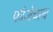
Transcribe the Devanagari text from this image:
फौजेचाच